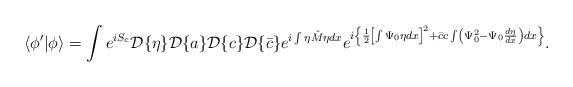
LaTeX: \begin{align*}\langle \phi' | \phi \rangle =\int e^{iS_c} {\cal D}\{\eta\}{\cal D}\{a\}{\cal D}\{c\}{\cal D}\{\bar{c}\}e^{i\int\eta\hat{M}\eta dx}e^{i\left\{\frac{1}{2}\left[\int\Psi_0\eta dx\right]^2 +\bar{c}c\int\left(\Psi_0^2-\Psi_0\frac{d\eta}{dx}\right)dx \right\} }.\end{align*}